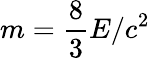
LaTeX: m={\frac{8}{3}}E/c^{2}